Leaving Certificate Examination, 1910
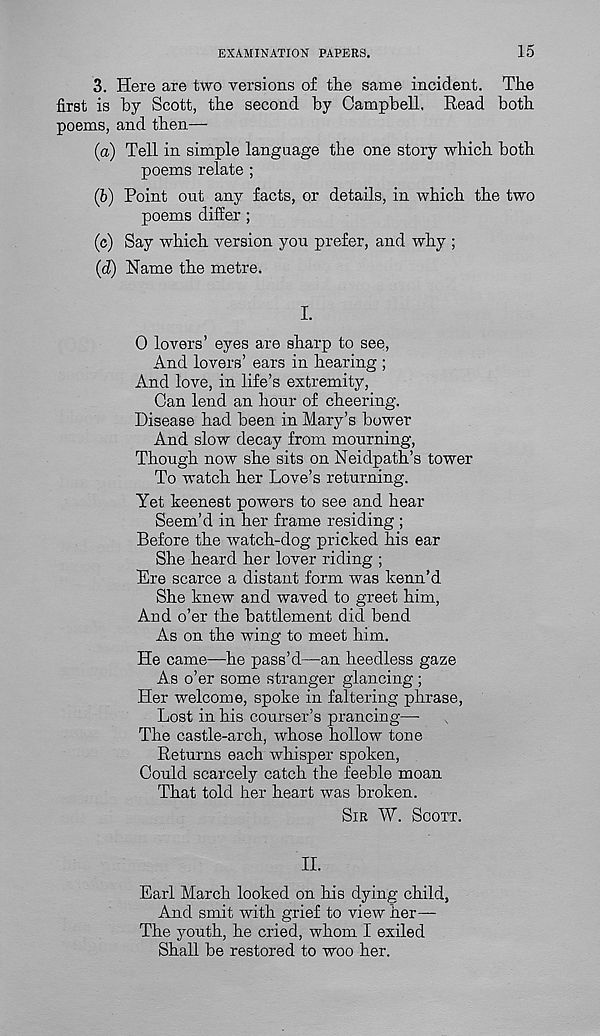
EXAMINATION PAPERS.
15
3. Here are two versions of the same incident. The
first is by Scott, the second by Campbell, Read both
poems, and then—
(a) Tell in simple language the one story which both
poems relate ;
(b) Point out any facts, or details, in which the two
poems differ;
(c) Say which version yon prefer, and why ;
(d) Name the metre.
I.
0 lovers’ eyes are sharp to see,
And lovers’ ears in hearing ;
And love, in life’s extremity,
Can lend an hour of cheering.
Disease had been in Mary’s bower
And slow decay from mourning,
Though now she sits on Neidpath’s tower
To watch her Love’s returning.
Yet keenest powers to see and hear
Seem’d in her frame residing ;
Before the watch-dog pricked his ear
She heard her lover riding ;
Ere scarce a distant form was kenn’d
She knew and waved to greet him,
And o’er the battlement did bend
As on the wing to meet him.
He came—he pass’d—an heedless gaze
As o’er some stranger glancing ;
Her welcome, spoke in faltering phrase,
Lost in his courser’s prancing—
The castle-arch, whose hollow tone
Returns each whisper spoken,
Could scarcely catch the feeble moan
That told her heart was broken.
SIR W. SCOTT.
II.
Earl March looked on his dying child,
And smit with grief to view her—
The youth, he cried, whom I exiled
Shall be restored to woo her.